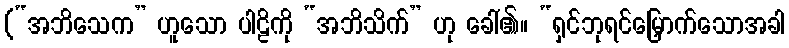
(“အဘိသေက” ဟူသော ပါဠိကို “အဘိသိက်” ဟု ခေါ်၏။ “ရှင်ဘုရင်မြှောက်သောအခါ